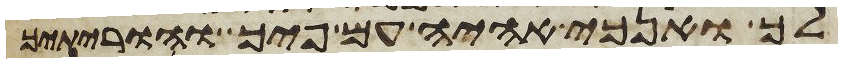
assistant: לך ואנכי אהיה עם פיך והוריתיך